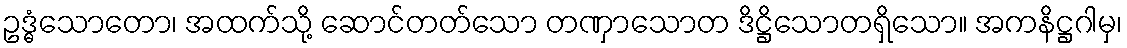
ဥဒ္ဓံသောတော၊ အထက်သို့ ဆောင်တတ်သော တဏှာသောတ ဒိဋ္ဌိသောတရှိသော။ အကနိဋ္ဌဂါမှ၊